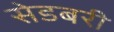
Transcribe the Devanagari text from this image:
सेडबरी